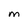
Character: M